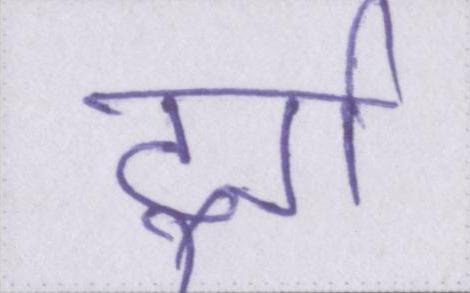
दुर्ग